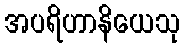
အပရိဟာနိယေသု